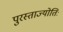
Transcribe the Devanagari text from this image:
पुरस्ताज्योतिः